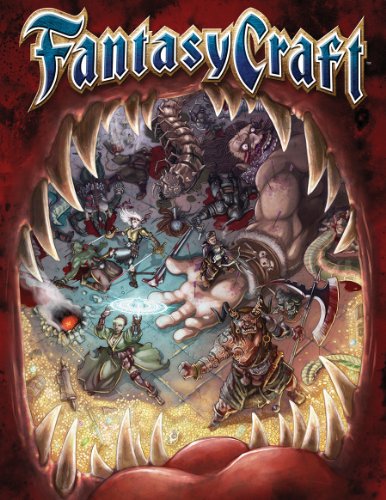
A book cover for Fantasy Craft (CFG01001); Alex Flagg; Sports & Outdoors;